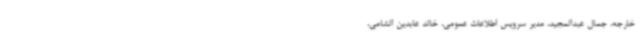
خارجه، جمال عبدالمجید، مدیر سرویس اطلاعات عمومی، خالد عابدین الشامی،